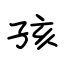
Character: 孩